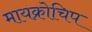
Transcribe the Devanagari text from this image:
मायक्रोचिप